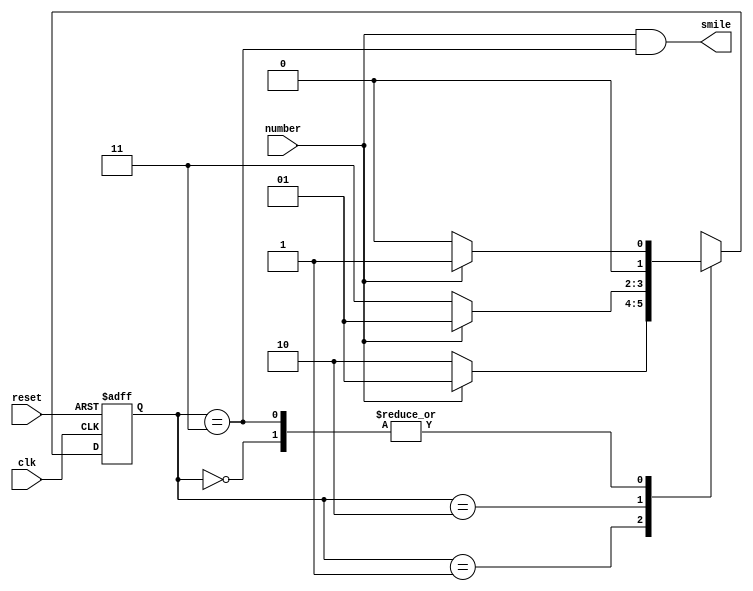
module snail(clk, reset, number, smile);
	input clk, reset, number;
	output smile;
	
	reg [1:0] state, nextstate;
	
	parameter a = 2'b00;
	parameter b = 2'b01;
	parameter c = 2'b10;
	parameter d = 2'b11;

	always @ (posedge clk, posedge reset)
		if (reset)	state <= a;
		else	state <= nextstate;
	always @ (*)
		case (state)
			a:	if (number)
					nextstate = b;
				else	nextstate = a;
			b:	if (number)
					nextstate = b;
				else	nextstate = c;
			c:	if (number)
					nextstate = b;
				else	nextstate = d;
			d:	if (number)
					nextstate = b;
				else	nextstate = a;
			default: nextstate = a;
		endcase

assign smile = (number & state==d);

endmodule